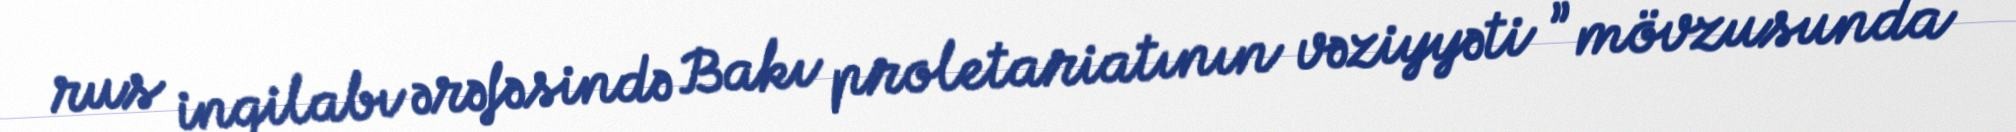
rus inqilabı ərəfəsində Bakı proletariatının vəziyyəti ” mövzusunda